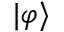
| \varphi \rangle